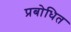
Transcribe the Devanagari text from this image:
प्रबोधित